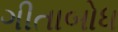
ગીતાબોધ